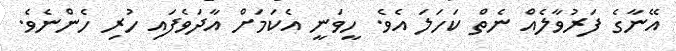
އޭނާގެ ފަރުވާލެއް ނެތް ކަހަލަ އެވެ. ހީވަނީ އެކަމަށް އާދަވެފައި ހުރި ހެންނެވެ.